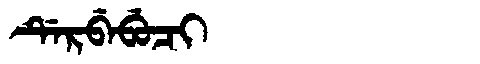
Manchu: ᡩᡝᡵᠪᡝᠪᡠᠴᡳ
Romanization: DERBEBUCI